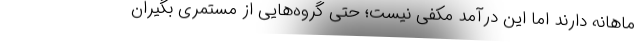
ماهانه دارند اما این درآمد مکفی نیست؛ حتی گروه‌هایی از مستمری بگیران